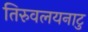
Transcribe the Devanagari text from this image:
तिरुवलयनाटु